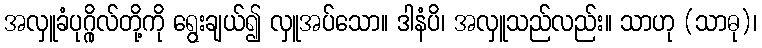
အလှူခံပုဂ္ဂိုလ်တို့ကို ရွေးချယ်၍ လှူအပ်သော။ ဒါနံပိ၊ အလှူသည်လည်း။ သာဟု (သာဓု)၊